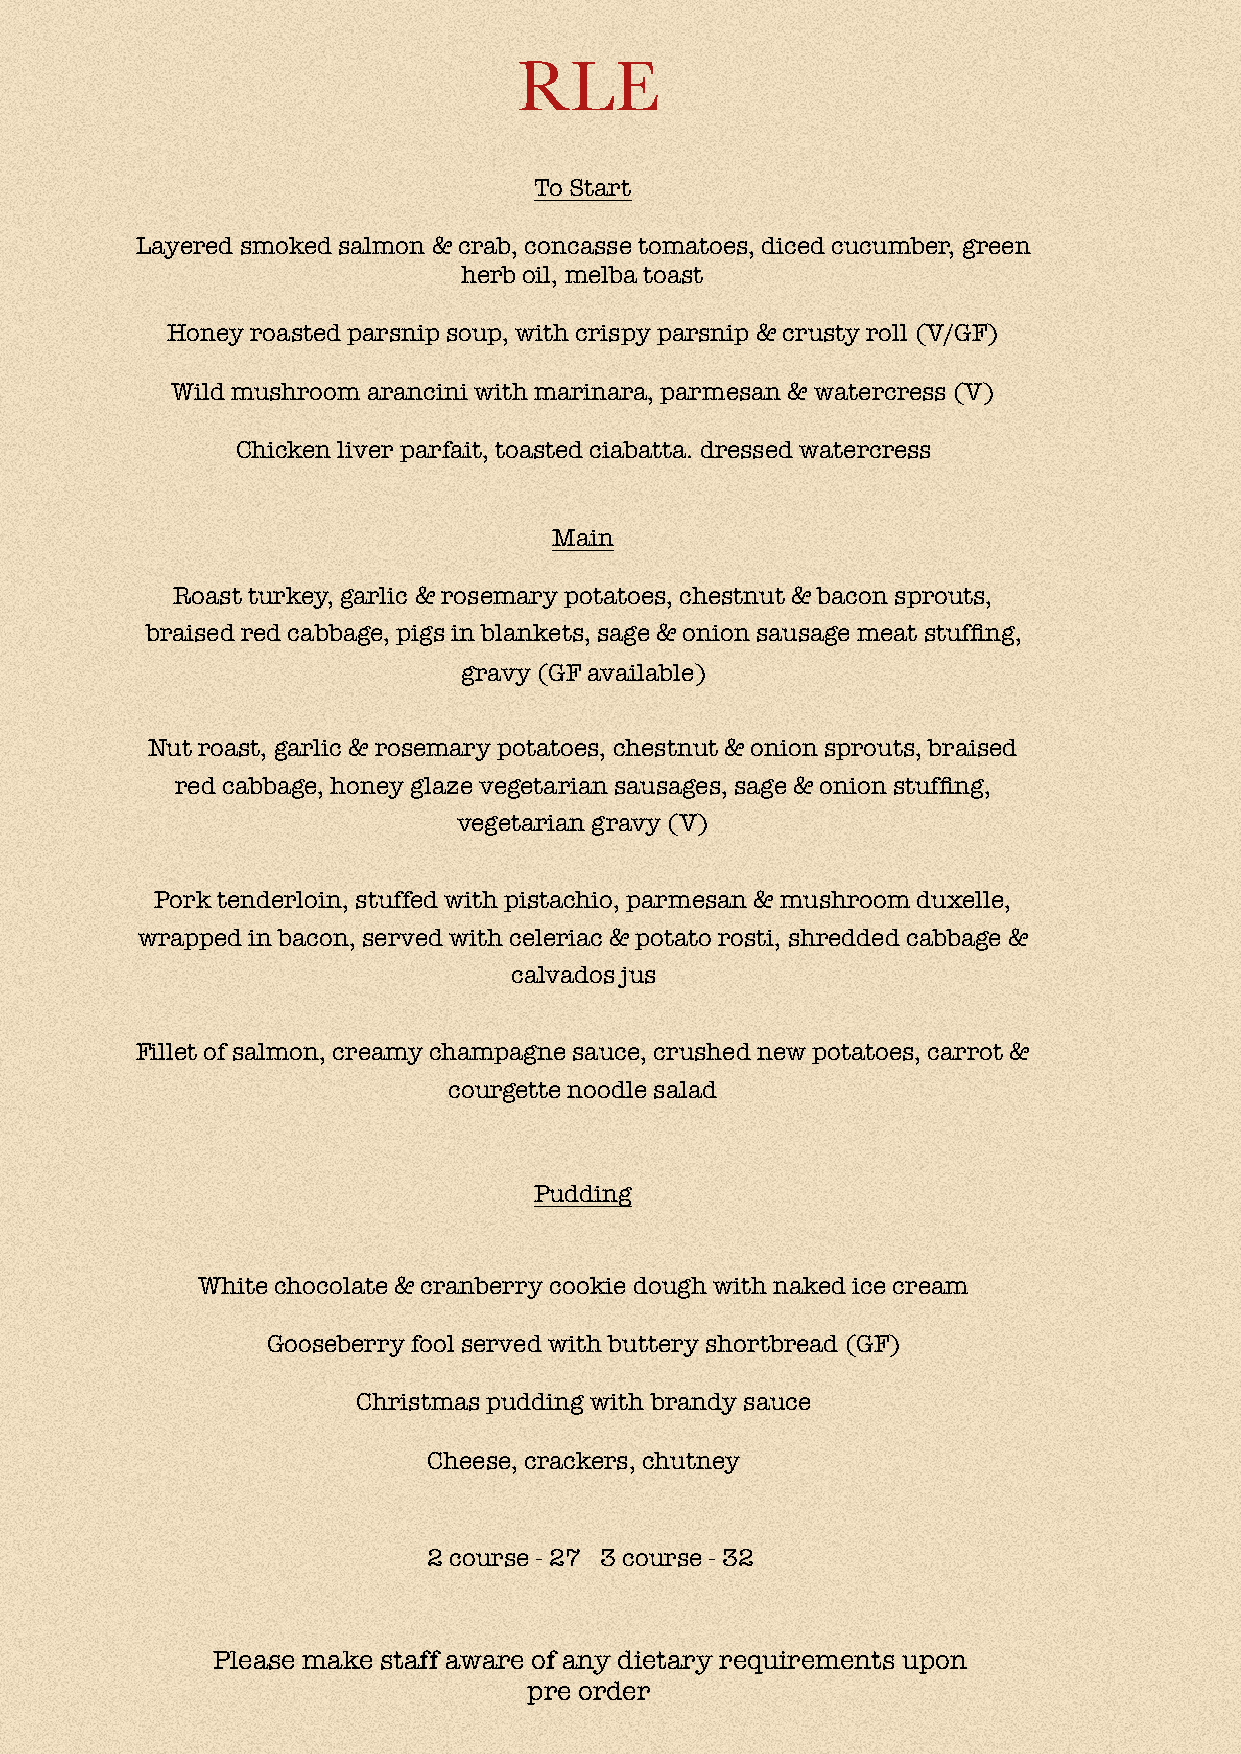
RLE
 To Start
 Layered smoked salmon & crab, concasse tomatoes, diced cucumber, green
 herb oil, melba toast
 Honey roasted parsnip soup, with crispy parsnip & crusty roll (V/GF)
 Wild mushroom arancini with marinara, parmesan & watercress (V)
 Chicken liver parfait, toasted ciabatta. dressed watercress
 Main
 Roast turkey, garlic & rosemary potatoes, chestnut & bacon sprouts,
 braised red cabbage, pigs in blankets, sage & onion sausage meat stuffing,
 gravy (GF available)
 Nut roast, garlic & rosemary potatoes, chestnut & onion sprouts, braised
 red cabbage, honey glaze vegetarian sausages, sage & onion stuffing,
 vegetarian gravy (V)
 Pork tenderloin, stuffed with pistachio, parmesan & mushroom duxelle,
 wrapped in bacon, served with celeriac & potato rosti, shredded cabbage &
 calvados jus
 Fillet of salmon, creamy champagne sauce, crushed new potatoes, carrot &
 courgette noodle salad
 Pudding
 White chocolate & cranberry cookie dough with naked ice cream
 Gooseberry fool served with buttery shortbread (GF)
 Christmas pudding with brandy sauce
 Cheese, crackers, chutney
 2 course - 27 3 course - 32
 Please make staff aware of any dietary requirements upon
 pre order